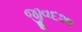
જીવદશા